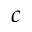
c